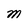
Character: M